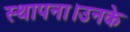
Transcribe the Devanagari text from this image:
स्थापना।उनके